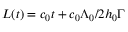
L ( t ) = c _ { 0 } t + c _ { 0 } \Lambda _ { 0 } / 2 h _ { 0 } \Gamma